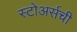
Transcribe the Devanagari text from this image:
स्टोअर्सची